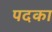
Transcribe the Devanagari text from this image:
पदका